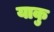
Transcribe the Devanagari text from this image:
याकु